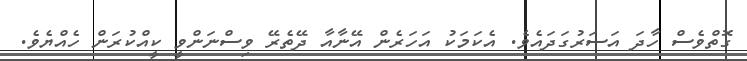
ގޮތްވެސް ހާދަ އަސަރުގަދައެވެ. އެކަމަކު އަހަރެން އޭނާއާ ދޭތެރޭ ވިސްނަންވީ ކީއްކުރަން ހެއްޔެވެ.